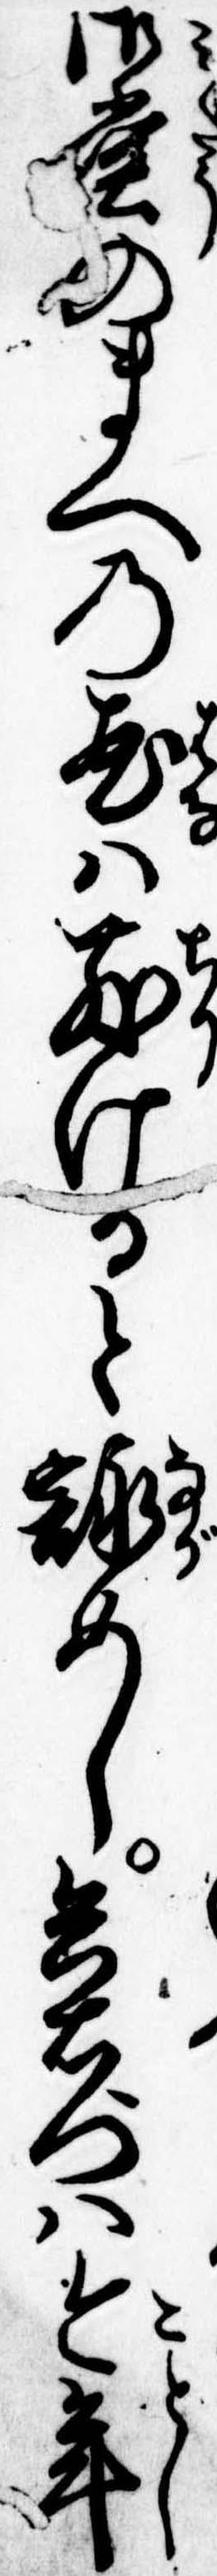
御堂のまへの花は散けると詠めし兵右門は今年